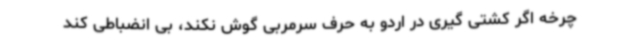
چرخه اگر کشتی گیری در اردو به حرف سرمربی گوش نکند، بی انضباطی کند